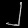
Digit: ၂